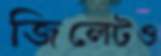
জিলেটও